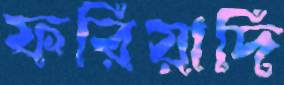
ফরিয়াদি